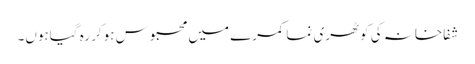
شفاخانہ کی کوٹھری نما کمرے میں محبوس ہوکر رہ گیاہوں۔